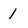
Character: 1